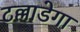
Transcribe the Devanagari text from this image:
टल्लाडेगा